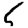
Digit: 5